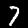
Digit: 7